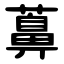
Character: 䕗